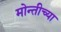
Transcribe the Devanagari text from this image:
मोन्तीच्या